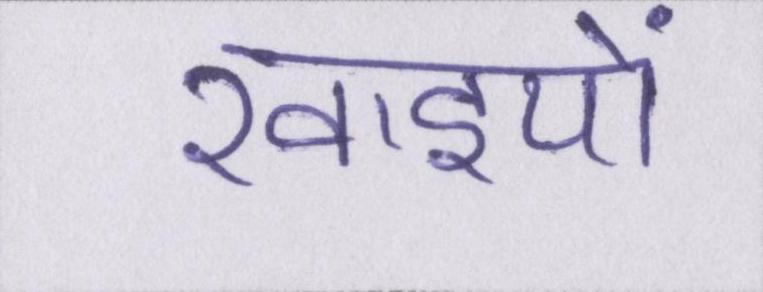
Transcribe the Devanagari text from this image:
खाइयों